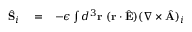
\begin{array} { r l r } { \hat { \bf S } _ { i } } & { { } = } & { - \epsilon \int d ^ { 3 } { \bf r } \ ( { \bf r } \cdot \hat { \bf E } ) ( \nabla \times \hat { \bf A } ) _ { i } } \end{array}